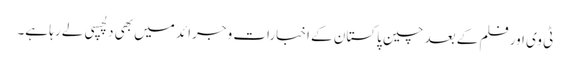
ٹی وی اور فلم کے بعد چین پاکستان کے اخبارات و جرائد میں بھی دلچسپی لے رہا ہے۔